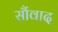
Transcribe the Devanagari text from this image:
सौंवाद